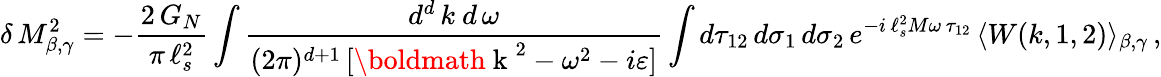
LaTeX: \delta\, M_{\beta,\gamma}^{2}=-\frac{2\, G_{N}}{\pi\, \ell_{s}^{2}}\int\frac{d^{d}\, k\ d\, \omega}{(2\pi)^{d+1}\, [\mathrm{\boldmath~k~}^{2}-\omega^{2}-i\varepsilon]}\int d\tau_{12}\, d\sigma_{1}\, d\sigma_{2}\, e^{-i\, \ell_{s}^{2}M\omega\, \tau_{12}}\, \langle W(k,1,2)\rangle_{\beta,\gamma}\, ,